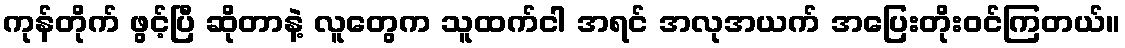
ကုန်တိုက် ဖွင့်ပြီ ဆိုတာနဲ့ လူတွေက သူထက်ငါ အရင် အလုအယက် အပြေးတိုးဝင်ကြတယ်။